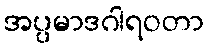
အပ္ပမာဒဂါရဝတာ